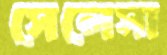
সেলেসা